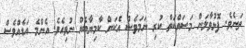
ތަނެވެ. ފޮޅުވާލަން މަސައްކަތް ކުރި ނަމަވެސް އެކަން ކާމިޔާބެއް ނުވިއެވެ. އެންމެ އަޑެއްވެސް